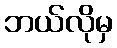
ဘယ်လိုမှ